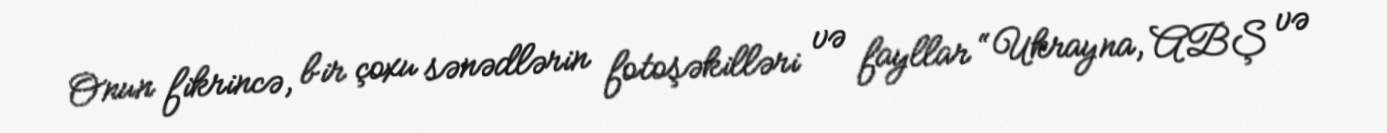
Onun fikrincə, bir çoxu sənədlərin fotoşəkilləri və fayllar “Ukrayna, ABŞ və